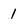
Character: 1